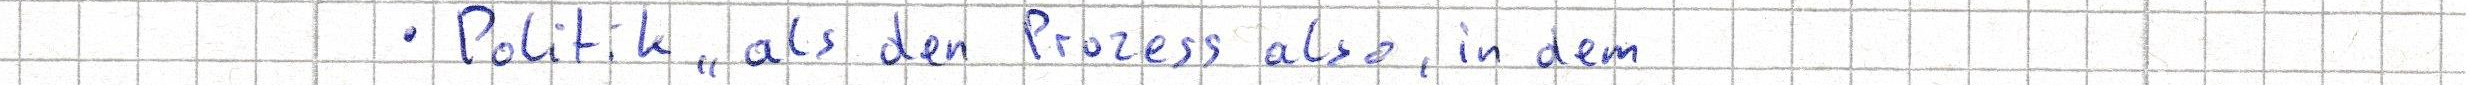
- Politik "als den Prozess also, in dem